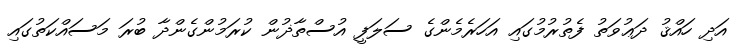
އަދި ހައްޤު ދަޢުވަތު ފެތުރުމުގައި އަހަރެމެންގެ ސަލަފީ އުސްތާޛުން ކުރަމުންގެންދާ ބުރަ މަސައްކަތުގައި